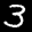
Label: 3